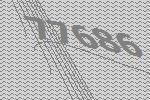
77686